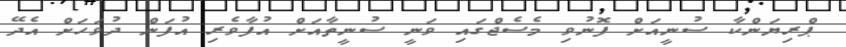
ޕްރިޔަންކާ ސުނީއަށް ފޮނުވި މެސެޖްގައި ވަނީ ސުނީތާއަށް އުފާވެރި އުފަން ދުވަހަަށް އެދޭ